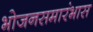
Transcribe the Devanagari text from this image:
भोजनसमारंभास